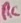
Text: RC